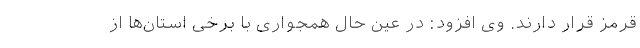
قرمز قرار دارند. وی افزود: در عین حال همجواری با برخی استان‌ها از